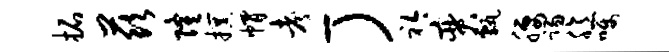
拓兹隆撰帽考-）衿奕甄腰踢臆嘱